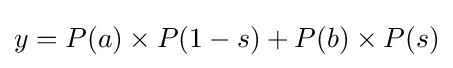
y=P(a)\times P(1-s)+P(b)\times P(s)